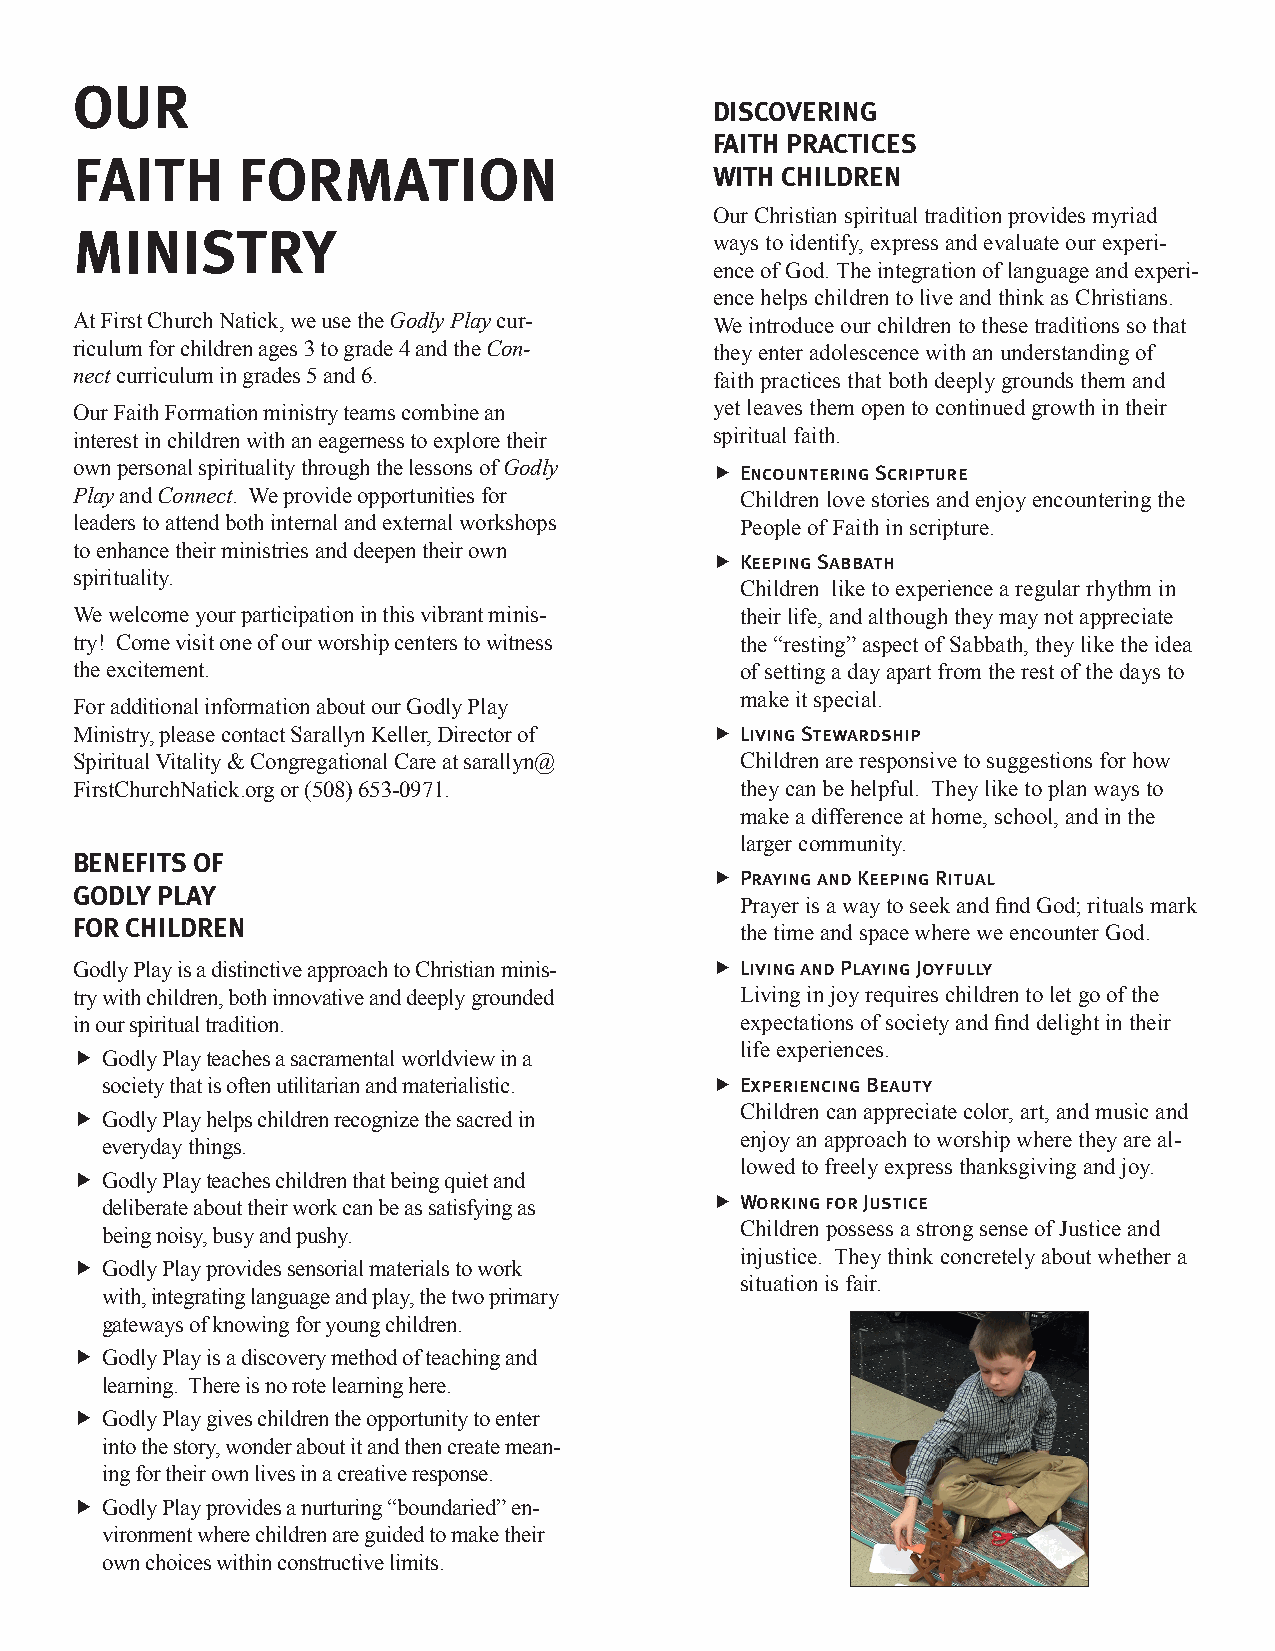
OUR
 DISCOVERING
 FAITH PRACTICES
 FAITH      FORMATION
 WITH CHILDREN
 Our Christian spiritual tradition provides myriad
 MINISTRY
 ways to identify, express and evaluate our experi-
 ence of God. The integration of language and experi-
 ence helps children to live and think as Christians.
 At First Church Natick, we use the Godly Play cur- We introduce our children to these traditions so that
 riculum for children ages 3 to grade 4 and the Con- they enter adolescence with an understanding of
 nect curriculum in grades 5 and 6.        faith practices that both deeply grounds them and
 Our Faith Formation ministry teams combine an yet leaves them open to continued growth in their
 interest in children with an eagerness to explore their spiritual faith.
 own personal spirituality through the lessons of Godly f Encountering Scripture
 Play and Connect. We provide opportunities for Children love stories and enjoy encountering the
 leaders to attend both internal and external workshops People of Faith in scripture.
 to enhance their ministries and deepen their own
 f Keeping Sabbath
 spirituality.
 Children like to experience a regular rhythm in
 We welcome your participation in this vibrant minis- their life, and although they may not appreciate
 try! Come visit one of our worship centers to witness the “resting” aspect of Sabbath, they like the idea
 the excitement.                             of setting a day apart from the rest of the days to
 make it special.
 For additional information about our Godly Play
 Ministry, please contact Sarallyn Keller, Director of f Living Stewardship
 Spiritual Vitality & Congregational Care at sarallyn@ Children are responsive to suggestions for how
 FirstChurchNatick.org or (508) 653-0971.    they can be helpful. They like to plan ways to
 make a difference at home, school, and in the
 larger community.
 BENEFITS OF
 f Praying and Keeping Ritual
 GODLY PLAY
 Prayer is a way to seek and find God; rituals mark
 FOR CHILDREN
 the time and space where we encounter God.
 Godly Play is a distinctive approach to Christian minis- f Living and Playing Joyfully
 try with children, both innovative and deeply grounded Living in joy requires children to let go of the
 in our spiritual tradition.                 expectations of society and find delight in their
 life experiences.
 f Godly Play teaches a sacramental worldview in a
 society that is often utilitarian and materialistic. f Experiencing Beauty
 f Godly Play helps children recognize the sacred in Children can appreciate color, art, and music and
 enjoy an approach to worship where they are al-
 everyday things.
 lowed to freely express thanksgiving and joy.
 f Godly Play teaches children that being quiet and
 f Working for Justice
 deliberate about their work can be as satisfying as
 Children possess a strong sense of Justice and
 being noisy, busy and pushy.
 injustice. They think concretely about whether a
 f Godly Play provides sensorial materials to work
 situation is fair.
 with, integrating language and play, the two primary
 gateways of knowing for young children.
 f Godly Play is a discovery method of teaching and
 learning. There is no rote learning here.
 f Godly Play gives children the opportunity to enter
 into the story, wonder about it and then create mean-
 ing for their own lives in a creative response.
 f Godly Play provides a nurturing “boundaried” en-
 vironment where children are guided to make their
 own choices within constructive limits.